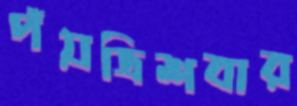
পঁয়ত্রিশবার